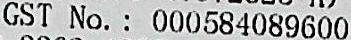
GST NO. : 000584089600